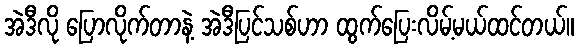
အဲဒီလို ပြောလိုက်တာနဲ့ အဲဒီပြင်သစ်ဟာ ထွက်ပြေးလိမ့်မယ်ထင်တယ်။